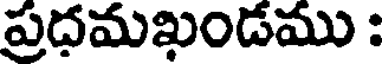
ప్రదమఖండము :